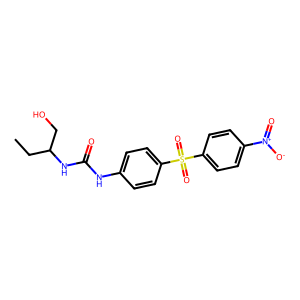
SMILES: CCC(CO)NC(=O)Nc1ccc(S(=O)(=O)c2ccc([N+](=O)[O-])cc2)cc1
Inhibits HIV replication: No